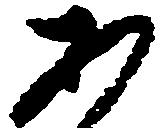
あ